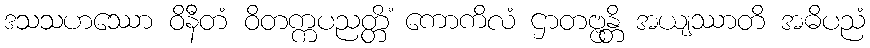
ဒသသဟဿော ဝိနီတံ ဝိတက္ကပညတ္တိံ ကောကိလံ ဌာတဗ္ဗန္တိ အယျဿာတိ အဓိပညံ